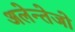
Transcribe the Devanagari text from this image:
अलेन्तेजो